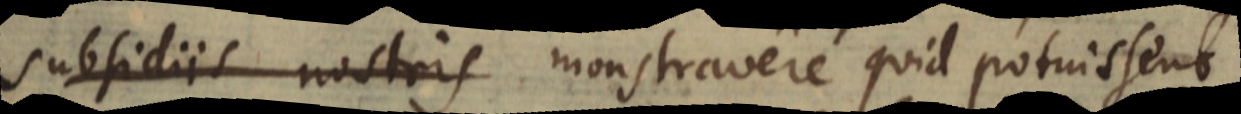
subsidiis nostris monstravere quid potuissent